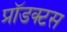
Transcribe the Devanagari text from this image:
प्रॉडक्टस